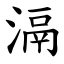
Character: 滆